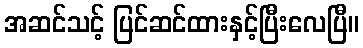
အဆင်သင့် ပြင်ဆင်ထားနှင့်ပြီးလေပြီ။